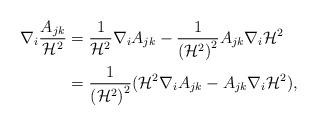
LaTeX: \begin{align*}\nabla_i\frac{A_{jk}}{\mathcal{H}^2}&=\frac{1}{\mathcal{H}^2}\nabla_iA_{jk}-\frac{1}{\left(\mathcal{H}^2\right)^2}A_{jk}\nabla_i\mathcal{H}^2\\&=\frac{1}{\left(\mathcal{H}^2\right)^2}(\mathcal{H}^2\nabla_iA_{jk}-A_{jk}\nabla_i\mathcal{H}^2),\end{align*}